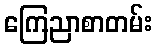
ကြေညာစာတမ်း